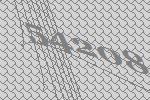
54208